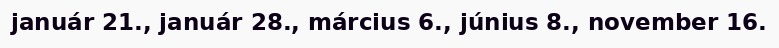
január 21., január 28., március 6., június 8., november 16.